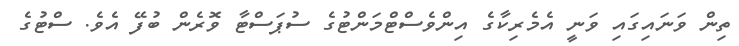
ތިން ވަނައިގައި ވަނީ އެމެރިކާގެ އިންވެސްޓްމަންޓުގެ ސުޕަސްޓާ ވޮރެން ބުފޭ އެވެ. ސްޓުގެ